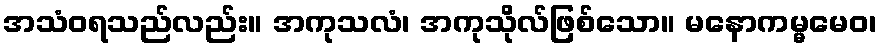
အသံဝရသည်လည်း။ အကုသလံ၊ အကုသိုလ်ဖြစ်သော။ မနောကမ္မမေဝ၊